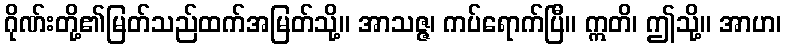
ဂိုဏ်းတို့၏မြတ်သည်ထက်အမြတ်သို့။ အာသဇ္ဇ၊ ကပ်ရောက်ပြီ။ ဣတိ၊ ဤသို့။ အာဟ၊